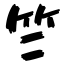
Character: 竺